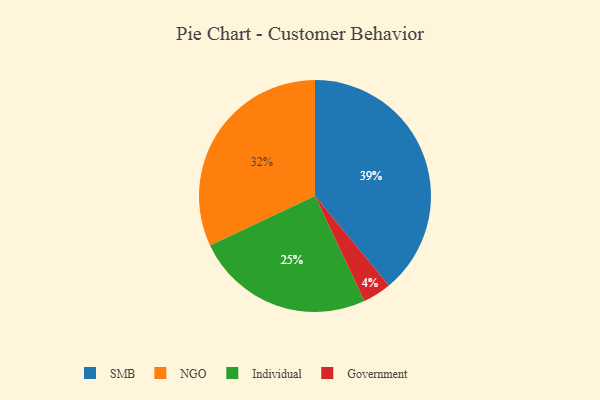
{"axis": {"x": "Category", "y": "Percentage"}, "legend": ["Government", "Individual", "NGO", "SMB"], "data": [{"x": "NGO", "y": 32, "type": "NGO"}, {"x": "Individual", "y": 25, "type": "Individual"}, {"x": "SMB", "y": 39, "type": "SMB"}, {"x": "Government", "y": 4, "type": "Government"}]}